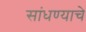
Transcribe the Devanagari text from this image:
सांधण्याचे